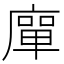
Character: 𭙴